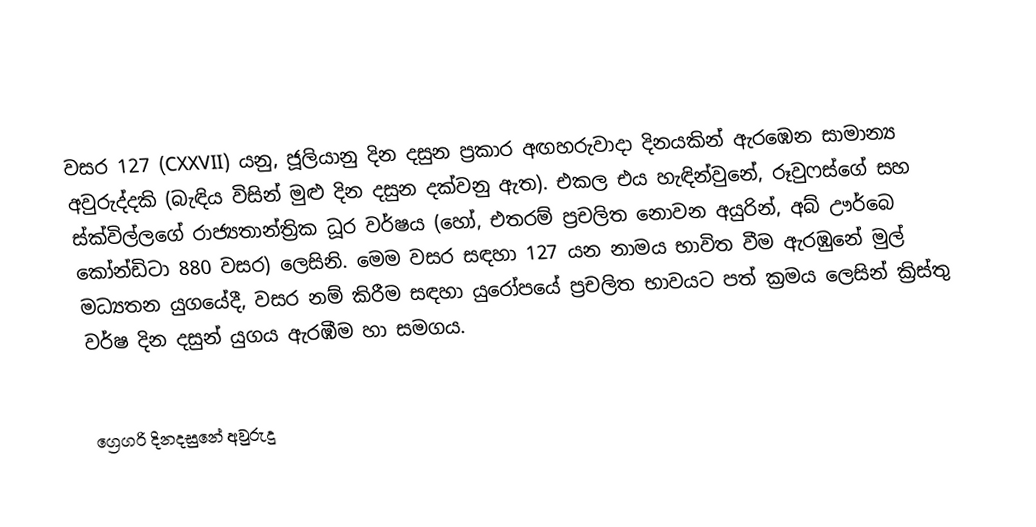

වසර 127 (CXXVII) යනු,  ජූලියානු දින දසුන ප්‍රකාර   අඟහරුවාදා දිනයකින් ඇරඹෙන සාමාන්‍ය අවුරුද්දකි  (බැඳිය විසින් මුළු දින දසුන දක්වනු ඇත). එකල එය හැඳින්වුනේ, රූවුෆස්ගේ සහ ස්ක්විල්ලගේ රාජ්‍යතාන්ත්‍රික  ධූර වර්ෂය (හෝ, එතරම් ප්‍රචලිත නොවන අයුරින්,  අබ් ඌර්බෙ කෝන්ඩිටා  880 වසර) ලෙසිනි.  මෙම වසර සඳහා 127 යන නාමය භාවිත වීම ඇරඹුනේ මුල් මධ්‍යතන යුගයේදී, වසර නම් කිරීම සඳහා යුරෝපයේ ප්‍රචලිත භාවයට පත් ක්‍රමය ලෙසින් ක්‍රිස්තු වර්ෂ දින දසුන් යුගය ඇරඹීම හා සමගය.

ග්‍රෙගරි දිනදසුනේ අවුරුදු